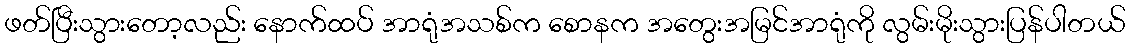
ဖတ်ပြီးသွားတော့လည်း နောက်ထပ် အာရုံအသစ်က စောနက အတွေးအမြင်အာရုံကို လွမ်းမိုးသွားပြန်ပါတယ်